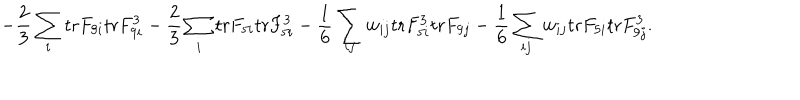
LaTeX: - { \frac { 2 } { 3 } } \sum _ { i } \mathrm { t r } F _ { 9 i } \mathrm { t r } F _ { 9 i } ^ { 3 } - { \frac { 2 } { 3 } } \sum _ { i } \mathrm { t r } F _ { 5 i } \mathrm { t r } F _ { 5 i } ^ { 3 } - { \frac { 1 } { 6 } } \sum _ { i j } w _ { i j } \mathrm { t r } F _ { 5 i } ^ { 3 } \mathrm { t r } F _ { 9 j } - { \frac { 1 } { 6 } } \sum _ { i j } w _ { i j } \mathrm { t r } F _ { 5 i } \mathrm { t r } F _ { 9 j } ^ { 3 } .